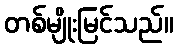
တစ်မျိုးမြင်သည်။